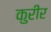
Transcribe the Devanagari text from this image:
कुरीर